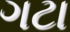
ગટા